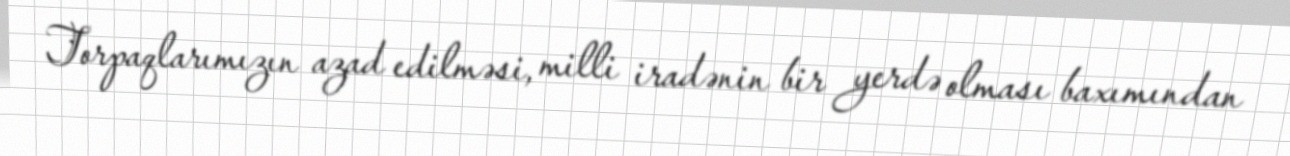
Torpaqlarımızın azad edilməsi, milli iradənin bir yerdə olması baxımından